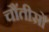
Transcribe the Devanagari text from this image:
चौंतीसों